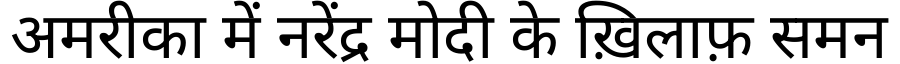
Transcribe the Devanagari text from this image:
अमरीका में नरेंद्र मोदी के ख़िलाफ़ समन